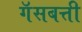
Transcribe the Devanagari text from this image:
गॅसबत्ती